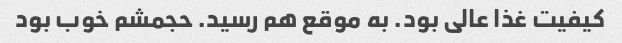
کیفیت غذا عالی بود. به موقع هم رسید. حجمشم خوب بود